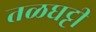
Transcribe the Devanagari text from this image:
तळघट्टी